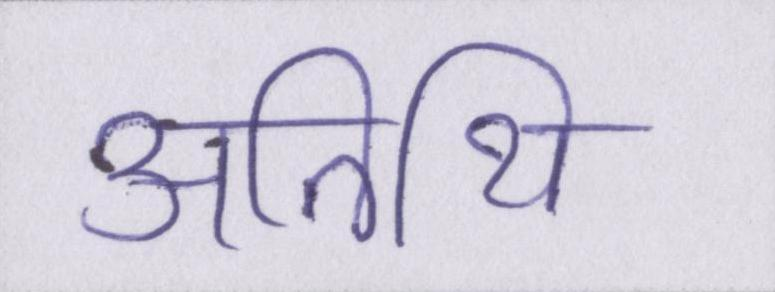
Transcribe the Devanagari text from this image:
अतिथि